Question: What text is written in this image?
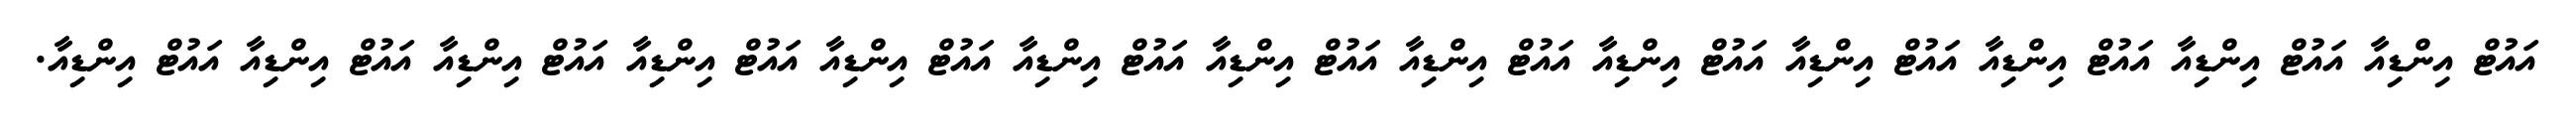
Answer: އައުޓް އިންޑިއާ އައުޓް އިންޑިއާ އައުޓް އިންޑިއާ އައުޓް އިންޑިއާ އައުޓް އިންޑިއާ އައުޓް އިންޑިއާ އައުޓް އިންޑިއާ އައުޓް އިންޑިއާ އައުޓް އިންޑިއާ އައުޓް އިންޑިއާ އައުޓް އިންޑިއާ އައުޓް އިންޑިއާ އައުޓް އިންޑިއާ.